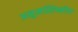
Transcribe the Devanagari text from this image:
अनुमस्तिष्‍कीय